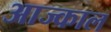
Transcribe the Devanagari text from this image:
आज्काल